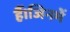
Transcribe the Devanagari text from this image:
हैं।जिनमें